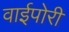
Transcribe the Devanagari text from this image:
वाईपोरी